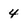
Character: 4